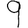
Digit: 9